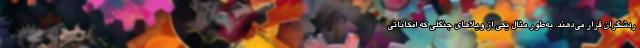
ردشگران قرار می‌دهند. به‌طور مثال یکی از ویلاهای جنگلی که امکاناتی